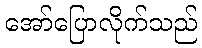
အော်ပြောလိုက်သည်